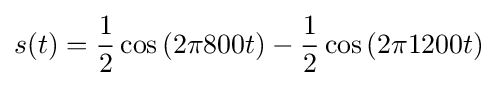
s(t)={\frac {1}{2}}\cos \left(2\pi 800t\right)-{\frac {1}{2}}\cos \left(2\pi 1200t\right)